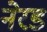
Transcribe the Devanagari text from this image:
नेरड